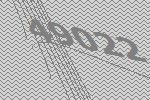
49022